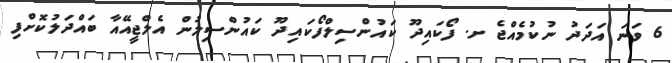
6 ވަނަ އަދަދު ނުކުމެއްޖެ ށ. ފޯކައިދޫ ކައުންސިލްފޯކައިދޫ ކައުންސިލުން އެލްޖީއޭއާ ބައްދަލުކޮށްފި